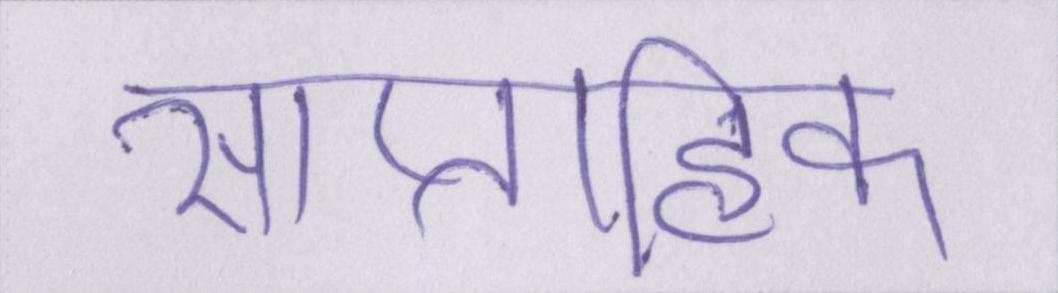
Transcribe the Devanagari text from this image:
साप्ताहिक